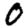
Digit: 0